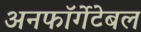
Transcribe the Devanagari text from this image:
अनफॉर्गेटेबल